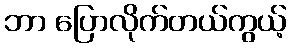
ဘာ ပြောလိုက်တယ်ကွယ့်